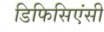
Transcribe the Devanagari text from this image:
डिफिसिएंसी